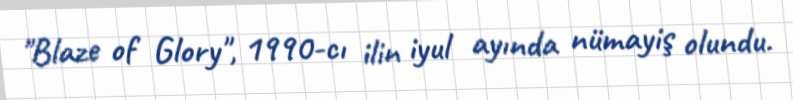
"Blaze of Glory", 1990-cı ilin iyul ayında nümayiş olundu.